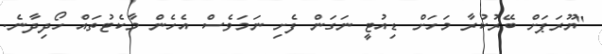
"ޔޫރަޕަށް ބޭރުކުރާ މަހަށް ޑިއުޓީ ނަގަން ފެށި ނަމަވެސް އެހެން މާކެޓުތައް ހޯދިދާނެ.